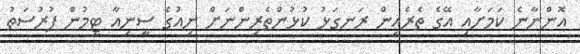
އޮންނާނެ ކަމަށާއި އޭގެ ތެރެއިން ރަނގަޅު ކުޅުންތެރިންނަށް ނިއުގެ ސީނިއާ ޓީމުން ފުރުސަތު